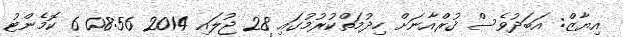
އިޔާޒް: އަބަދުވެސް ޤުރްއާނަށް ހިދުމަތްކުރުމުގައި 28 ޖުލައި 2014 08:56 6 ކޮމެންޓު